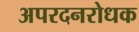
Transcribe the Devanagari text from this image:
अपरदनरोधक